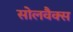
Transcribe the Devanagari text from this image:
सोलवैक्स